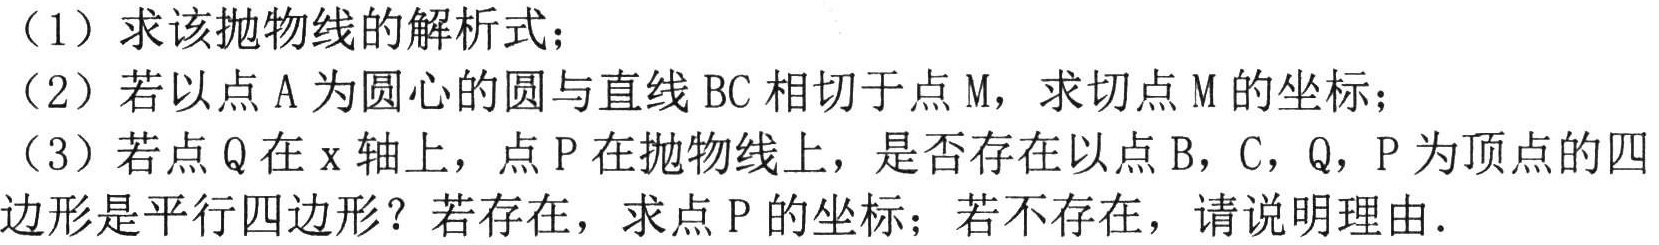
（1）求该抛物线的解析式；
（2）若以点A为圆心的圆与直线BC相切于点M，求切点M的坐标；
（3）若点Q在x轴上，点P在抛物线上，是否存在以点B，C，Q，P为顶点的四边形是平行四边形？若存在，求点P的坐标；若不存在，请说明理由.